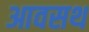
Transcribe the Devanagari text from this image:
आवसथ